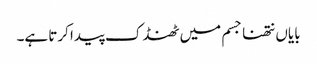
بایاں نتھنا جسم میں ٹھنڈک پیدا کرتا ہے۔